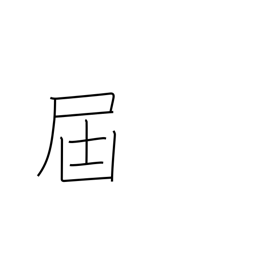
Meaning: forward